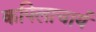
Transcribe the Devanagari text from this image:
कपिलाचार्य